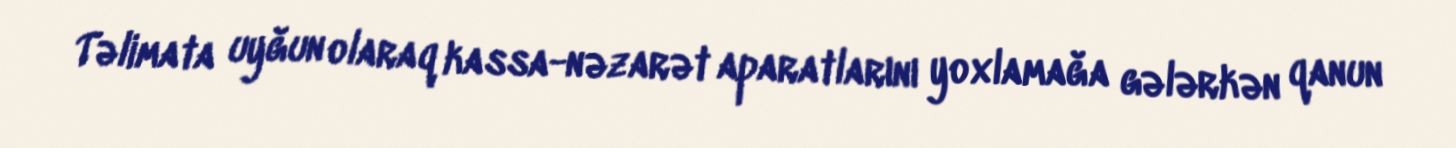
Təlimata uyğun olaraq kassa-nəzarət aparatlarını yoxlamağa gələrkən qanun